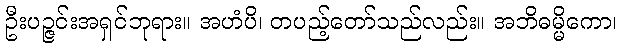
ဦးပဉ္ဇင်းအရှင်ဘုရား။ အဟံပိ၊ တပည့်တော်သည်လည်း။ အဘိဓမ္မိကော၊